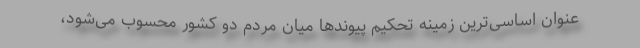
عنوان اساسی‌ترین زمینه تحکیم پیوند‌ها میان مردم دو کشور محسوب می‌شود،